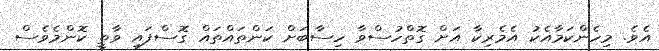
އެވެ. މިހެންކަމާއެކު އެމެރިކާ އަށް ގޮތްހުސްވާ ހިސާބަށް ކަންތައްތައް ގޮސްފައި ވާތީ ކޮންމެވެސް